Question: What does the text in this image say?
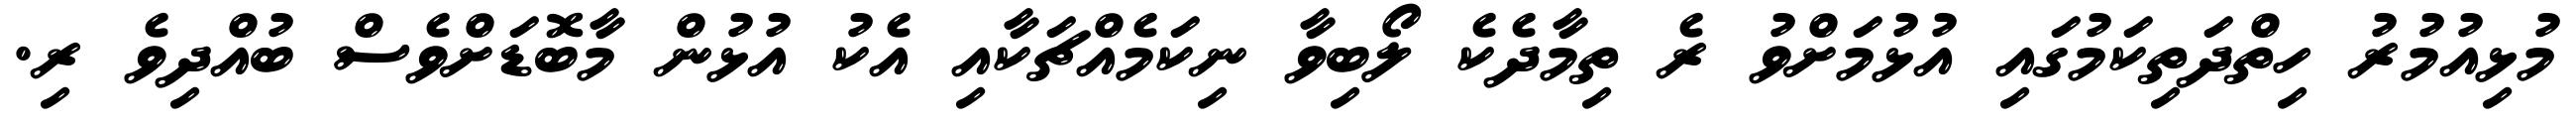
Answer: މުޅިއުމުރު ހިތްދަތިކަމުގައި އުޅުމަށްވު ރެ ތިމާދެކެ ލޯބިވާ ނިކަމެއްޗަކާއި އެކު އުޅުން މާބޮޑަށްވެސް ބުއްދިވެ ރި.